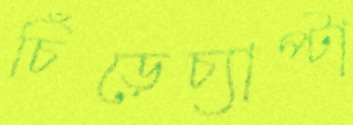
চিঁড়েচ্যাপ্টা